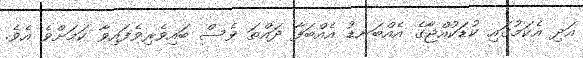
އަދި އެކަމުގައި ކުޑަކުއްޖާގެ އެއްބަނޑު އެއްބަފާ ދައްތަ ވެސް ބައިވެރިވެފައިވާ ކަމަށްވެ އެވެ.